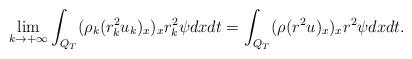
LaTeX: \begin{align*}\lim_{k\rightarrow+\infty}\int_{Q_T}(\rho_k(r_k^2u_k)_x)_xr_k^2\psi dxdt=\int_{Q_T}(\rho(r^2u)_x)_xr^2\psi dxdt.\end{align*}